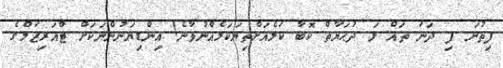
ފިތުނަ ފި ދަނަ ތައް ލަ ދުޙަޔާތް ކޮބާ ކަލެއަށްތިޔަކަމެއްނުވާނެ! ޢިންޑިޔަނުންނަކަށް ޓްއަރިޒަމްގެ